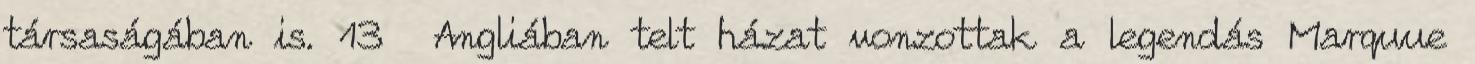
társaságában is. 13 Angliában telt házat vonzottak a legendás Marquue